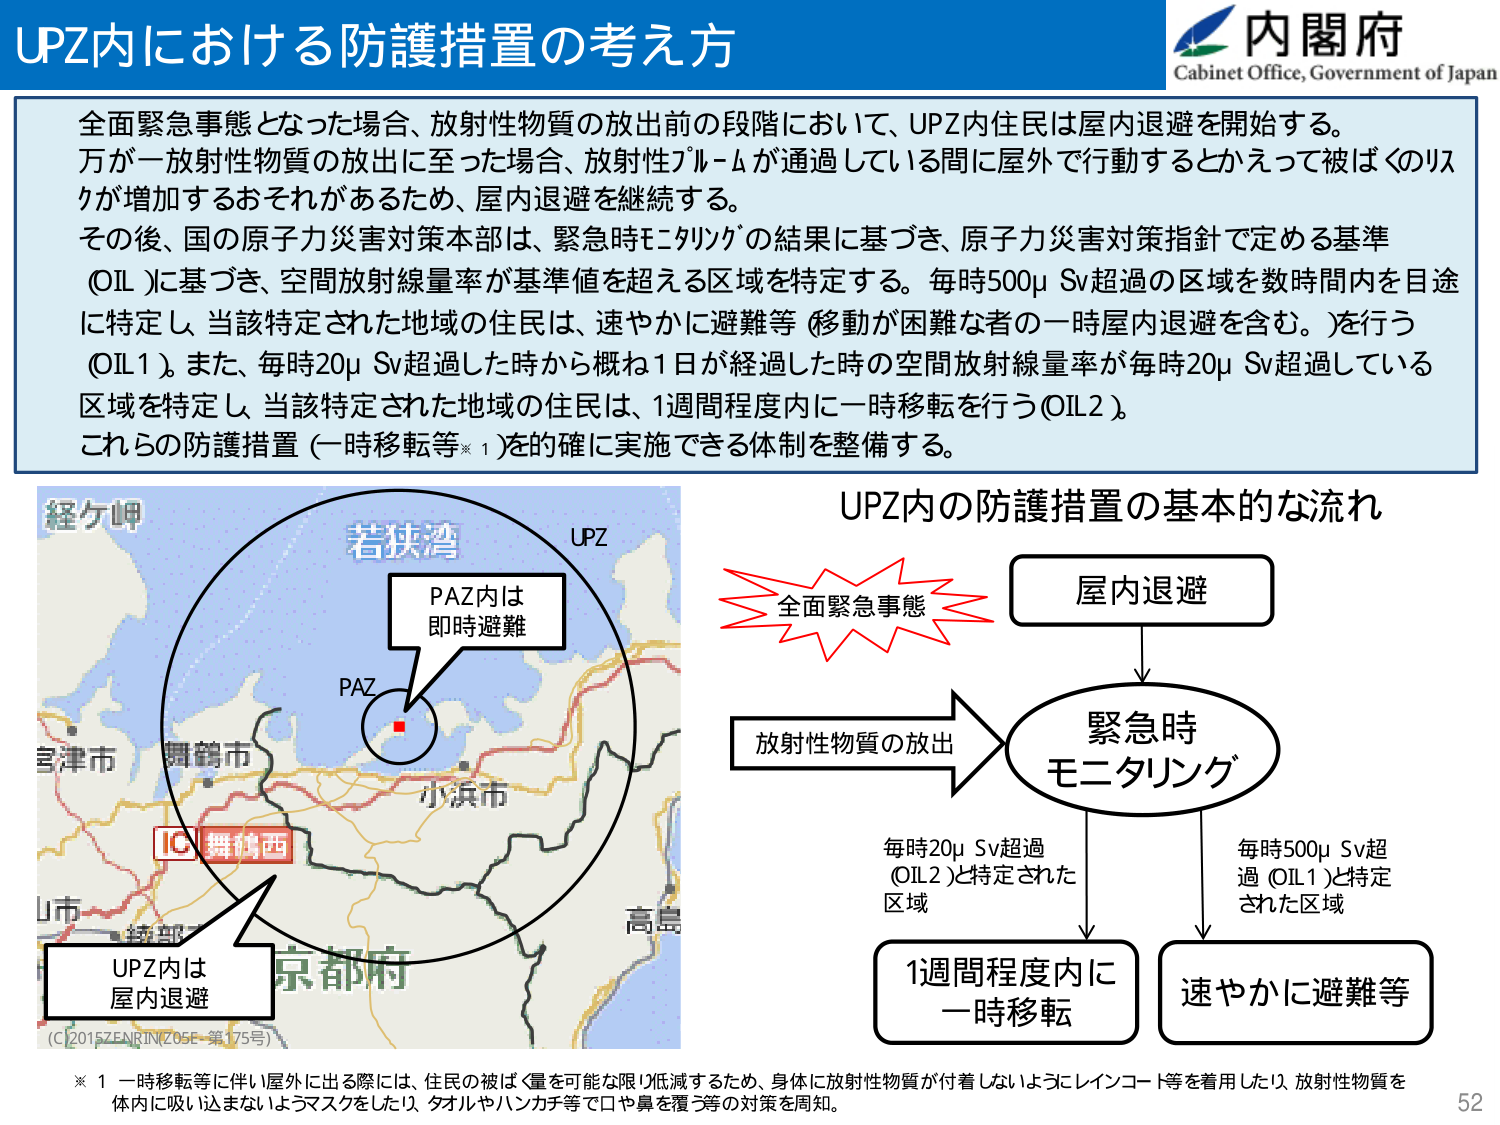
UPZ内における防護措置の考え方

内閣府
Cabinet Office, Government of Japan

全面緊急事態となった場合、放射性物質の放出前の段階において、UPZ内住民は屋内退避を開始する。
万が一放射性物質の放出に至った場合、放射性プルームが通過している間に屋外で行動するとかえって被ばくのリスクが増加するおそれがあるため、屋内退避を継続する。
その後、国の原子力災害対策本部は、緊急時モニタリングの結果に基づき、原子力災害対策指針で定める基準（OIL）に基づき、空間放射線量率が基準値を超える区域を特定する。毎時500μSv超過の区域を数時間内を目途に特定し、当該特定された地域の住民は、速やかに避難等（移動が困難な者の一時屋内退避を含む。）を行う（OIL1）。また、毎時20μSv超過した時から概ね1日が経過した時の空間放射線量率が毎時20μSv超過している区域を特定し、当該特定された地域の住民は、1週間程度内に一時移転を行う（OIL2）。
これらの防護措置（一時移転等※1）を的確に実施できる体制を整備する。

経ヶ岬
若狭湾
UPZ
PAZ内は
即時避難
PAZ
舞鶴市
小浜市
IC 舞鶴西
UPZ内は
屋内退避
京都市
高島
（C2015ZENRINZ05F-第175号）

UPZ内の防護措置の基本的な流れ

全面緊急事態
→ 屋内退避
→ 緊急時
モニタリング
→ 放射性物質の放出
→ 毎時20μSv超過（OIL2）と特定された区域 → 1週間程度内に一時移転
→ 毎時500μSv超過（OIL1）と特定された区域 → 速やかに避難等

※1 一時移転等に伴い屋外に出る際には、住民の被ばく量を可能な限り低減するため、身体に放射性物質が付着しないようにレインコート等を着用したり、放射性物質を体内に吸い込まないようマスクをしたり、タオルやハンカチ等で口や鼻を覆う等の対策を周知。

52